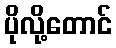
ပိုလို့တောင်